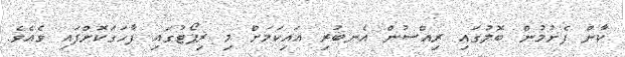
ކާން ފެށުމުން ބޮލުގައި ރިއްސުން އެނބުރި އައިކަމަށް މި ރިޕޯޓުގައި ފާހަގަކޮށްފައި ވެއެވެ.